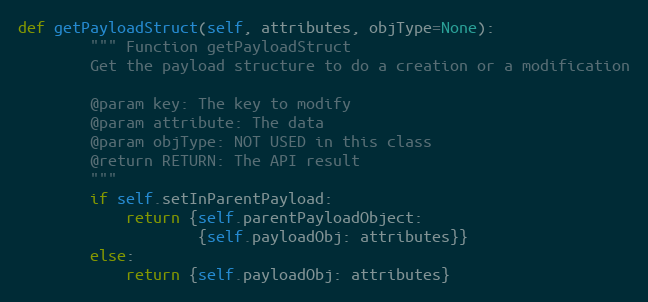
Language: Python
def getPayloadStruct(self, attributes, objType=None):
        """ Function getPayloadStruct
        Get the payload structure to do a creation or a modification

        @param key: The key to modify
        @param attribute: The data
        @param objType: NOT USED in this class
        @return RETURN: The API result
        """
        if self.setInParentPayload:
            return {self.parentPayloadObject:
                    {self.payloadObj: attributes}}
        else:
            return {self.payloadObj: attributes}